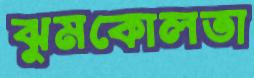
ঝুমকোলতা